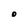
Character: O